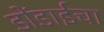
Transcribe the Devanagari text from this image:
डोंडाईचा